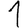
Digit: 1